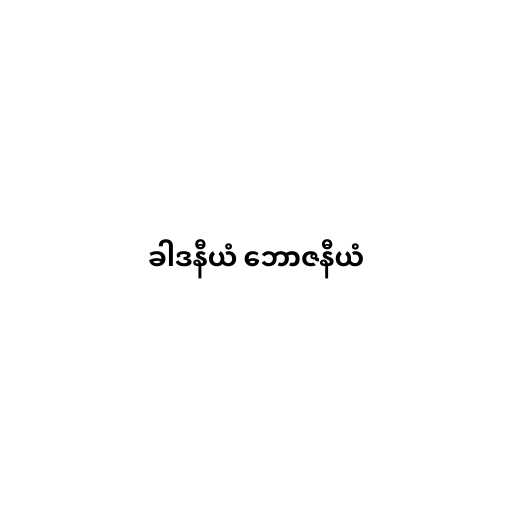
ခါဒနီယံ ဘောဇနီယံ